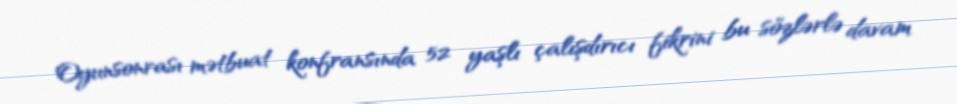
Oyunsonrası mətbuat konfransında 52 yaşlı çalışdırıcı fikrini bu sözlərlə davam